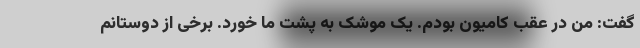
گفت: من در عقب کامیون بودم. یک موشک به پشت ما خورد. برخی از دوستانم